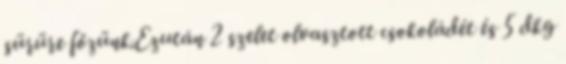
sürüre főzünk.Ezután 2 szelet olvasztott csokoládét és 5 dkg